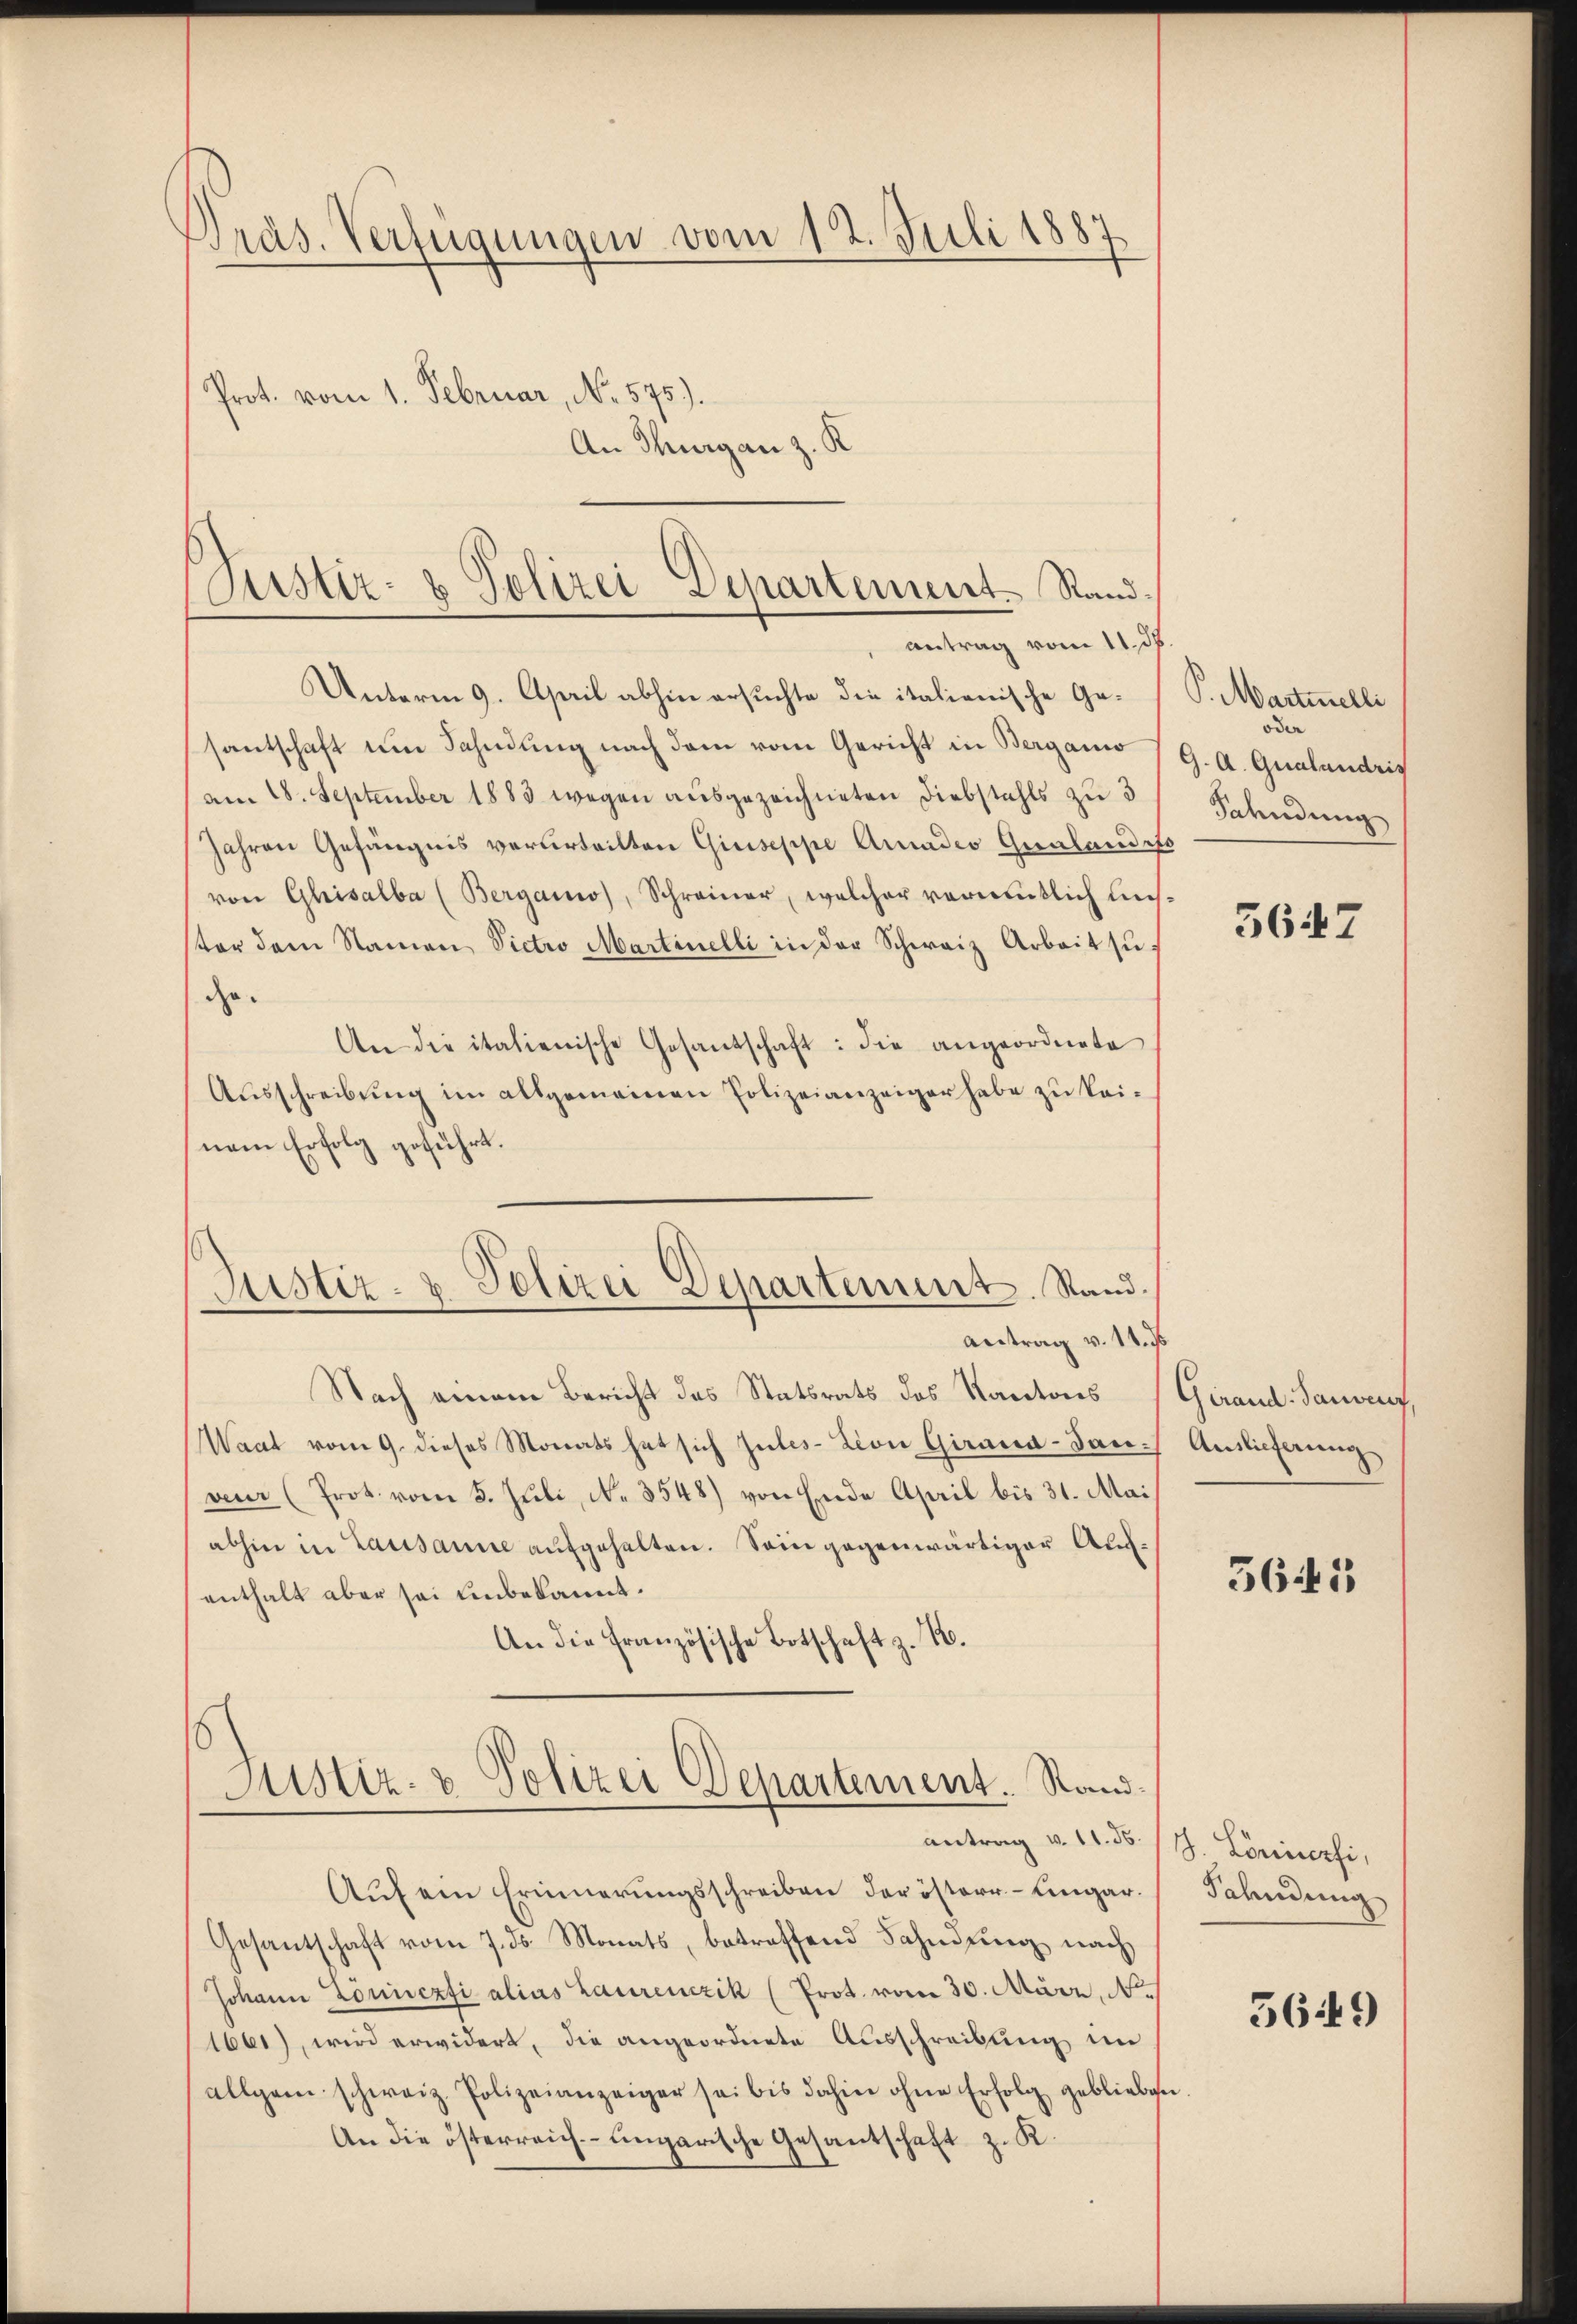
Präs. Verfügungen vom 12. Juli 188
Prot. vom 1. Februar, No. 575).
An Thurgan z. K

Justiz- & Polizei Departement. Randantrag vom 11. ds

Unterm 9. April abhin ersuchte die italienische Gesantschaft um Fahndung nach dem vom Gericht in Berganio
am 28. September 1883 wegen ausgezeichneten Diebstahls zu 3
Jahren Gefängnis verurteilten Giuseppe Amadeo Gualaudito
von Ghisalba (Bergano, Schreiner, welcher vermutlich uns.
ter dem Namen Victro Martinelli in der Schwaiz Arbeit suge.
An die italienische Gesandschaft: die angeordnete
Aŭsschreibŭng im allgemeinen Polizeianzeiger habe zu keinem Erfolg geführt.
d
Justiz- & Polizei Departement. Stand.
Antrag v. 14. ds.
Nach einem Bericht des Statsrats des Kantons
Waat vom 9. dieses Monats hat sich zules-Lion Girana-Jac- Auslieferung
an (Prot. vom 5. Juli, N. 3548) von Ende April bis 31. Mai
abhin in Lausanne aufgehalten. Sein gegenwärtiger Aufenthalt aber sei unbekannt.
An die französische Botschaft z. B.
z.

Justiz- & Polizei Departement. Stand
antrag v. 11. d. J. Lorisierfi,

Aŭf ein Erinnerŭngsschreiben der österr- Eingar.
Gesantschaft vom 7. ds. Monats, betreffend Fahndung nach
Johann Zöniczfi alias Laurenzik (Prot. vom 30. März, N
1661), wird erwidert, die angeordnete Ausschreibung im
allgem. schweiz. Polizeianzeiger sei bis dahin ohne Erfolg geblieben
An die österreich-ungarische Gesantschaft z. K.

P. Martinelli
oder
G. A. Gualandris
Fahndung

5647

Girand- Sandauf,

5641

Fahndung

5649